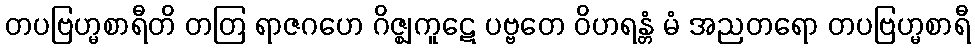
တပဗြဟ္မစာရီတိ တတြ ရာဇဂဟေ ဂိဇ္ဈကူဋေ ပဗ္ဗတေ ဝိဟရန္တံ မံ အညတရော တပဗြဟ္မစာရီ